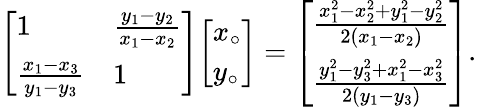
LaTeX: {\left[\begin{array}{ll}{1}&{{\frac{y_{1}-y_{2}}{x_{1}-x_{2}}}}\\ {{\frac{x_{1}-x_{3}}{y_{1}-y_{3}}}}&{1}\end{array}\right]}{\left[\begin{array}{l}{x_{\circ}}\\ {y_{\circ}}\end{array}\right]}={\left[\begin{array}{l}{{\frac{x_{1}^{2}-x_{2}^{2}+y_{1}^{2}-y_{2}^{2}}{2(x_{1}-x_{2})}}}\\ {{\frac{y_{1}^{2}-y_{3}^{2}+x_{1}^{2}-x_{3}^{2}}{2(y_{1}-y_{3})}}}\end{array}\right]}.